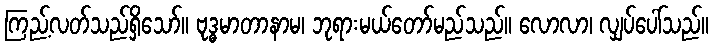
ကြည့်လတ်သည်ရှိသော်။ ဗုဒ္ဓမာတာနာမ၊ ဘုရားမယ်တော်မည်သည်။ လောလာ၊ လျှပ်ပေါ်သည်။